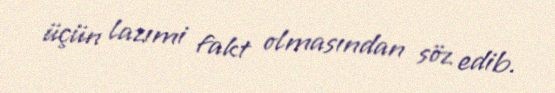
üçün lazımi fakt olmasından söz edib.